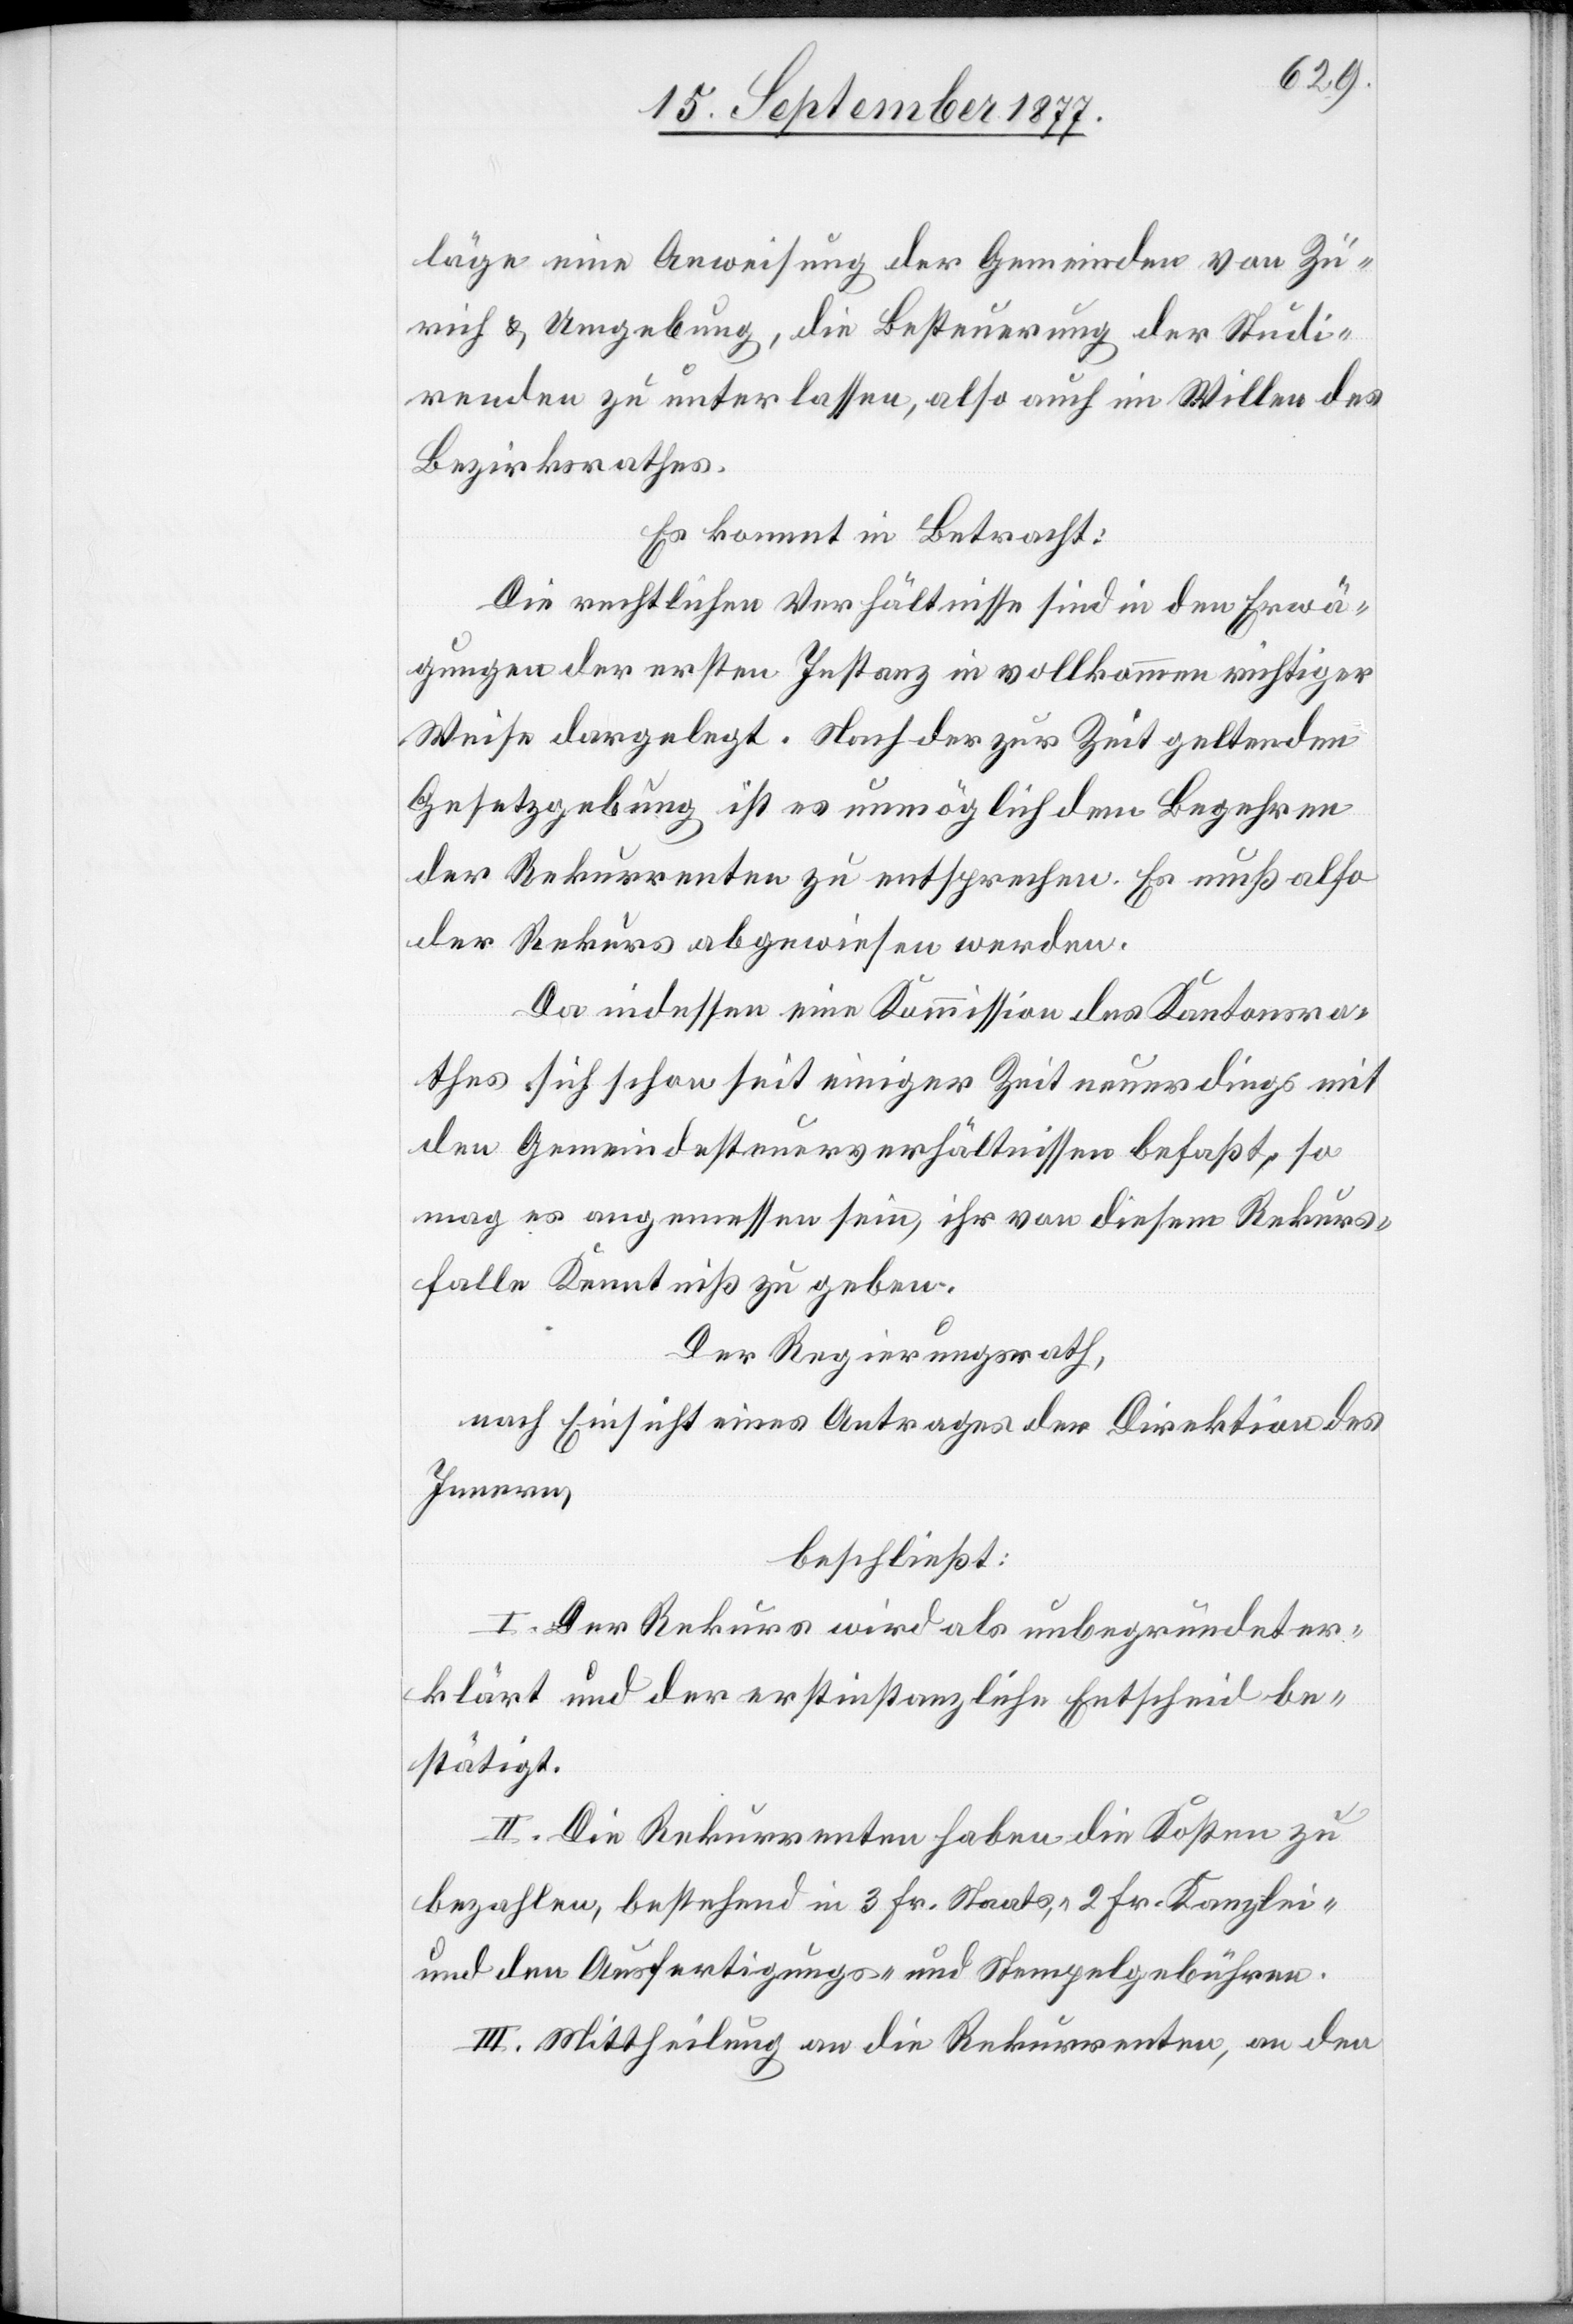
läge eine Anweisung der Gemeinden von Zü¬
rich & Umgebung, die Besteuerung der Studi¬
renden zu unterlassen, also auch im Willen des
Bezirksrathes.
Es kommt in Betracht:
Die rechtlichen Verhältnisse sind in den Erwä¬
gungen der ersten Instanz in vollkommen richtiger
Weise dargelegt. Nach der zur Zeit geltenden
Gesetzgebung ist es unmöglich dem Begehren
der Rekurrenten zu entsprechen. Es muß also
der Rekurs abgewiesen werden.
Da indessen eine Kommission des Kantonsra¬
thes sich schon seit einiger Zeit neuerdings mit
den Gemeindesteuerverhältnissen befaßt, so
mag es angemessen sein, ihr von diesem Rekurs¬
falle Kenntniß zu geben.
Der Regierungsrath,
nach Einsicht eines Antrages der Direktion des
Innern,
beschließt:
I. Der Rekurs wird als unbegründet er¬
klärt und der erstinstanzliche Entscheid be¬
stätigt.
II. Die Rekurrenten haben die Kosten zu
bezahlen, bestehend in 3 Fr. Staats-, 2 Fr. Kanzlei-
und den Ausfertigungs- und Stempelgebühren.
III. Mittheilung an die Rekurrenten, an den